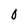
Character: 0